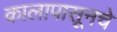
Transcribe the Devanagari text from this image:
कालापासूनचे